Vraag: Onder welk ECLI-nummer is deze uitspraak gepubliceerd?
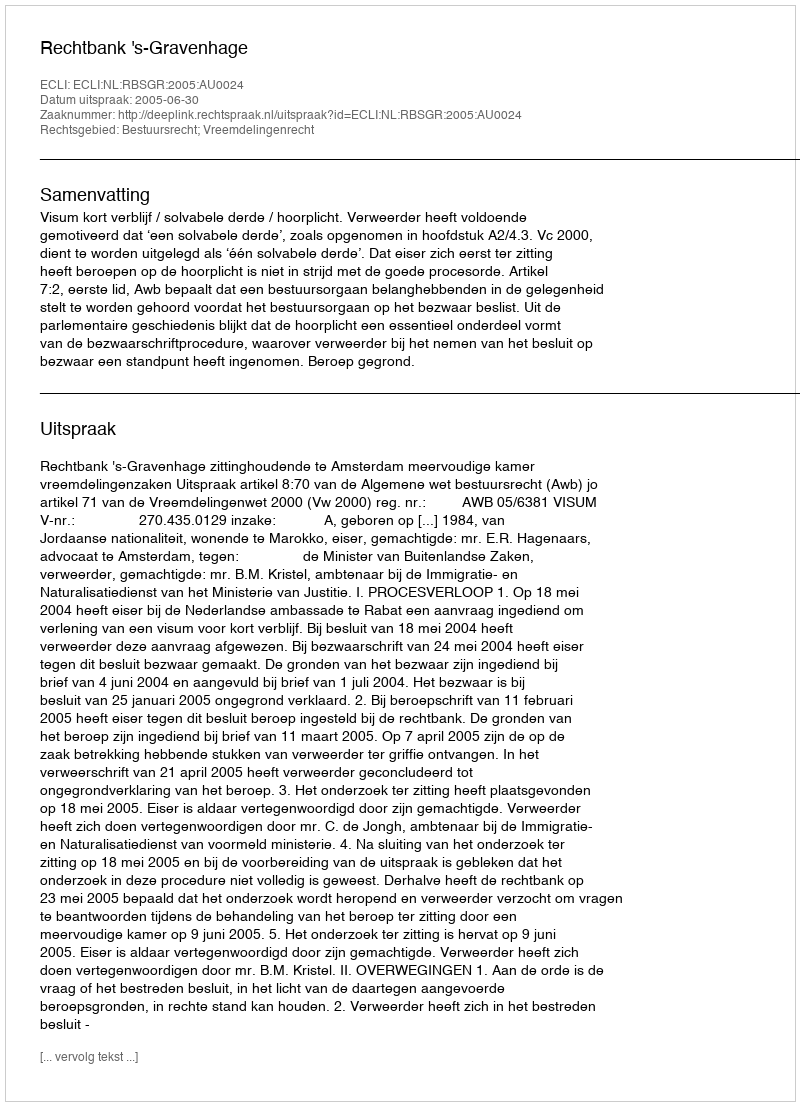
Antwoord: ECLI:NL:RBSGR:2005:AU0024